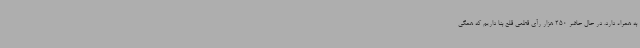
به همراه دارد. در حال حاضر 250 هزار رأی قطعی قلع بنا داریم که همگی